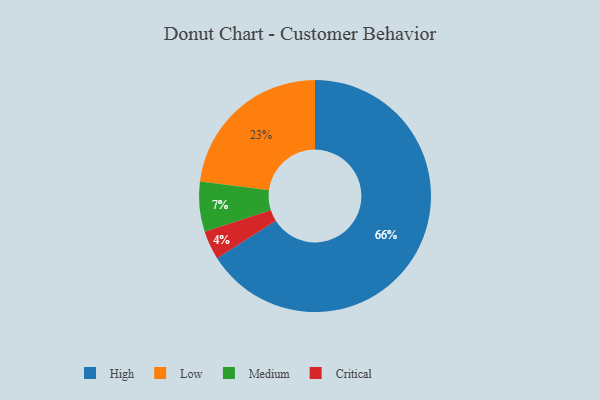
{"axis": {"x": "Category", "y": "Percentage"}, "legend": ["Critical", "High", "Low", "Medium"], "data": [{"x": "Medium", "y": 7, "type": "Medium"}, {"x": "Critical", "y": 4, "type": "Critical"}, {"x": "High", "y": 66, "type": "High"}, {"x": "Low", "y": 23, "type": "Low"}]}